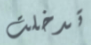
تدخلت